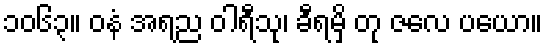
၁၀၆၃။ ဝနံ အရည ဝါရီသု၊ ခီရမှိ တု ဇလေ ပယော။